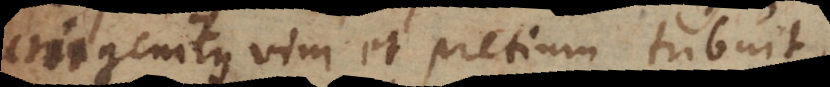
unigenitus vim et pretium tri